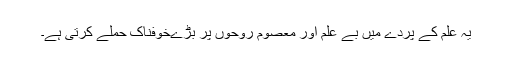
یہ علم کے پردے میں بے علم اور معصوم روحوں پر بڑےخوفناک حملے کرتی ہے۔